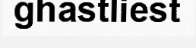
ghastliest